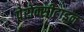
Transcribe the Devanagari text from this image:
पेरोक्सीटाइन